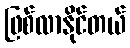
ဖြစ်လာနိုင်တယ်